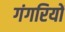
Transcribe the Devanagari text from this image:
गंगरियों